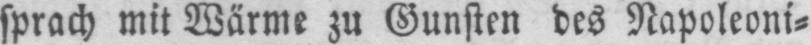
sprach mit Wärme zu Gunsten des Napoleoni⸗